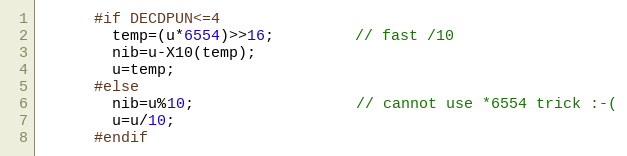
Language: C
      #if DECDPUN<=4
        temp=(u*6554)>>16;         // fast /10
        nib=u-X10(temp);
        u=temp;
      #else
        nib=u%10;                  // cannot use *6554 trick :-(
        u=u/10;
      #endif